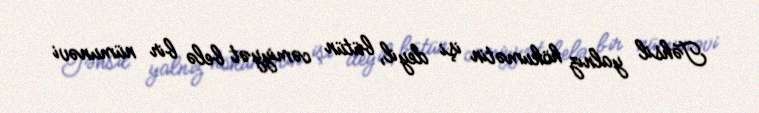
Təhsil yalnız hökumətin işi deyil, bütün cəmiyyət belə bir nümunəvi